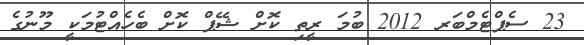
23 ސެޕްޓެމްބަރ 2012 ބުމަ ރީތި ކޮށް ޝޭޕް ކޮށް ބެހެއްޓުމަކީ މޫނުގެ